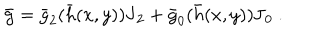
\bar { \mathbf { g } } = \bar { g } _ { 2 } ( \bar { h } ( x , y ) ) \mathbf { J } _ { 2 } + \bar { g } _ { 0 } ( \bar { h } ( x , y ) ) \mathbf { J } _ { 0 } ~ .